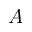
A